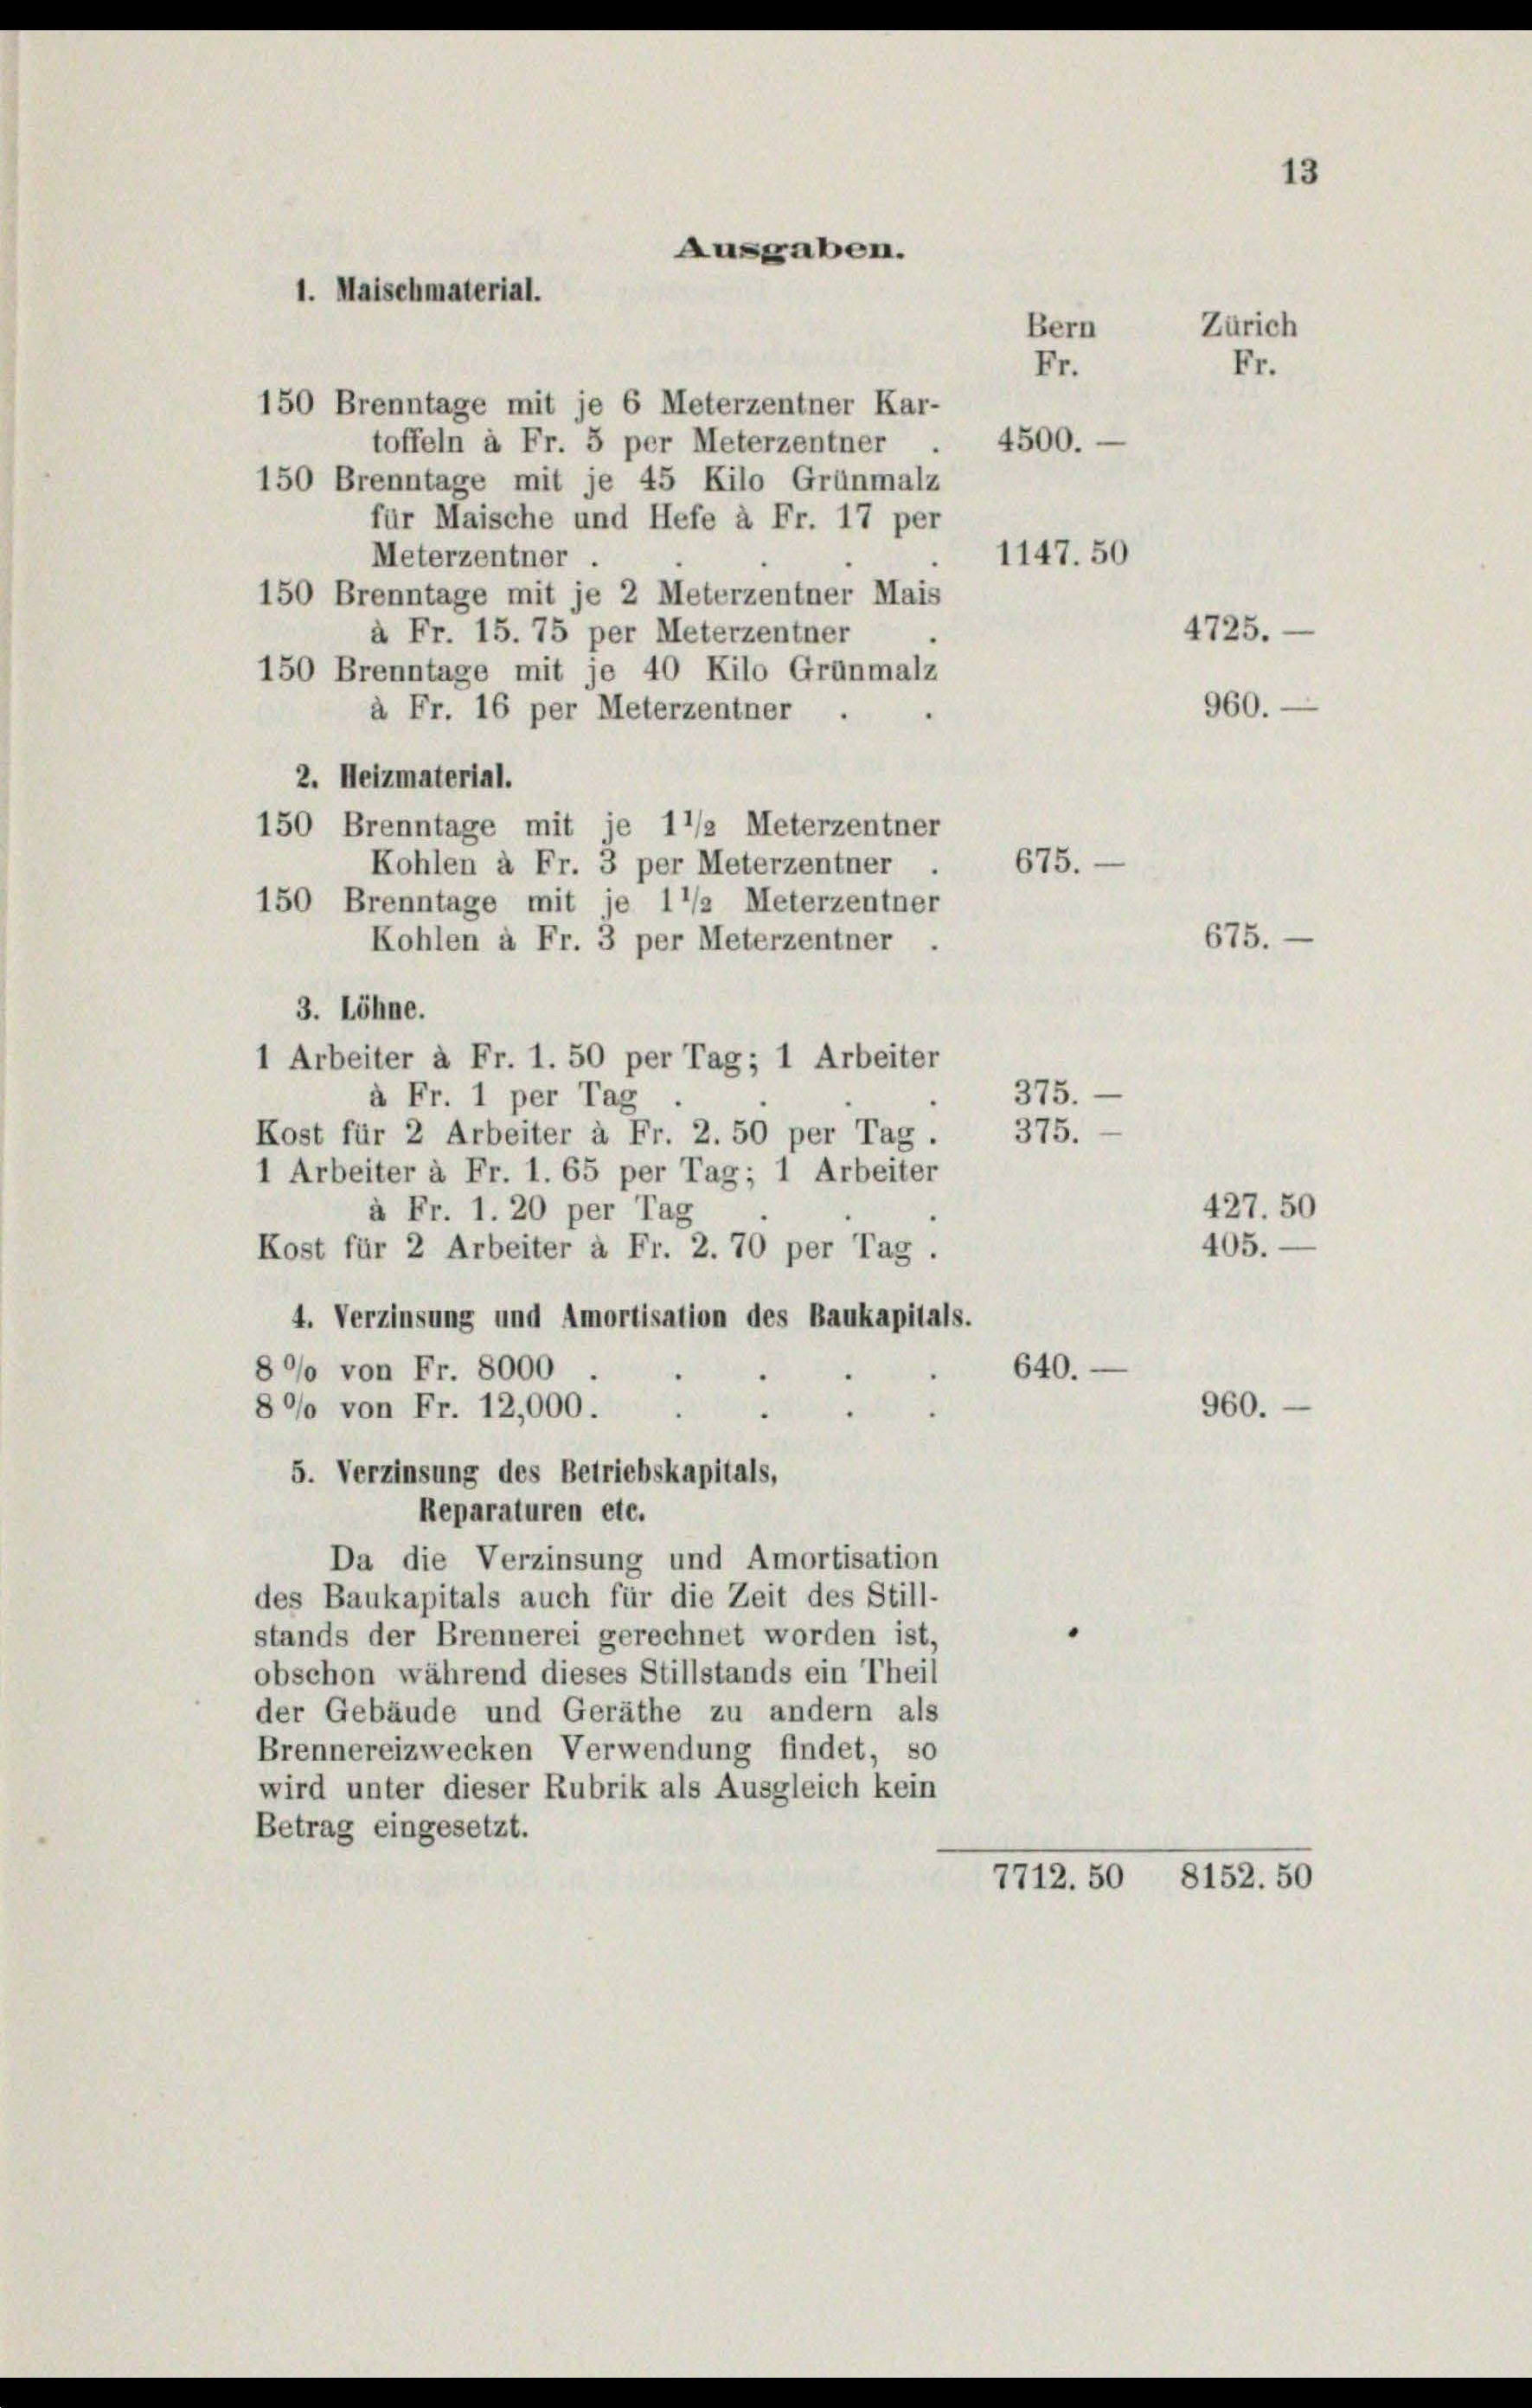
1. Maischmaterial.

Ausgaben.

150 Brenntage mit je 6 Meterzentner Kar-
toffeln à Fr. 5 per Meterzentner
150 Brenntage mit je 45 Kilo Grünmalz
für Maische und Hefe à Fr. 17 per
Meterzentner .
150 Brenntage mit je 2 Meterzentner Mais
à Fr. 15. 75 per Meterzentner
150 Brenntage mit je 40 Kilo Grunmalz
à Fr. 16 per Meterzentner
2. Heizmaterial.
150 Brenntage mit je 1 1/2 Meterzentner
Kohlen à Fr. 3 per Meterzentner .
150 Brenntage mit je 1 1/2 Meterzentner
Kohlen à Fr. 3 per Meterzentner .
3. Löhne.
1 Arbeiter à Fr. 1. 50 per Tag; 1 Arbeiter
à Fr. 1 per Tag
Kost für 2 Arbeiter à Fr. 2. 50 per Tag. 375.
1 Arbeiter à Fr. 1. 65 per Tag; 1 Arbeiter
à Fr. 1. 20 per Tag
Kost für 2 Arbeiter à Fr. 2. 70 per Tag,
4. Verzinsung und Amortisation des Baukapitals.
890 von Fr. 8000
890 von Fr. 12,000.
5. Verzinsung des Betriebskapitals,
Reparaturen etc.
Da die Verzinsung und Amortisation
des Baukapitals auch für die Zeit des Still-
stands der Brennerei gerechnet worden ist,
obschon während dieses Stillstands ein Theil
der Gebäude und Geräthe zu andern als
Brennereizwecken Verwendung findet, so
wird unter dieser Rubrik als Ausgleich kein
Betrag eingesetzt.

Bern
Fr.

4500.

1147. 50

675.

375.

640.

Zürich
Fr.

960.

4725.

675.

427. 50
405.

960.

7712. 50 8152. 50